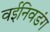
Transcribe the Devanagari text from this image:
वईनिवडंग